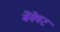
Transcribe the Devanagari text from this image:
बेंक्वेट